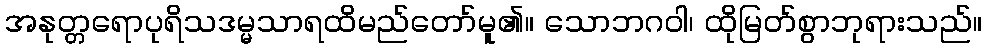
အနုတ္တရောပုရိသဒမ္မသာရထိမည်တော်မူ၏။ သောဘဂဝါ၊ ထိုမြတ်စွာဘုရားသည်။